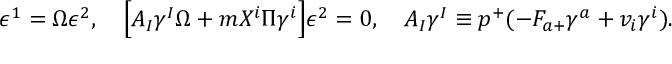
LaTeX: \epsilon ^ { 1 } = \Omega \epsilon ^ { 2 } , \quad \Big [ A _ { I } \gamma ^ { I } \Omega + m X ^ { i } \Pi \gamma ^ { i } \Big ] \epsilon ^ { 2 } = 0 , \quad A _ { I } \gamma ^ { I } \equiv p ^ { + } ( - F _ { a + } \gamma ^ { a } + v _ { i } \gamma ^ { i } ) .